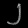
Digit: ၂